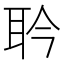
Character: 耹